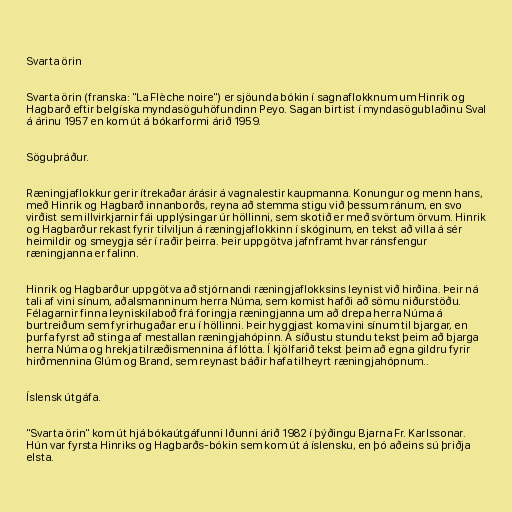
Svarta örin

Svarta örin (franska: "La Flèche noire") er sjöunda bókin í sagnaflokknum um Hinrik og
Hagbarð eftir belgíska myndasöguhöfundinn Peyo. Sagan birtist í myndasögublaðinu Sval
á árinu 1957 en kom út á bókarformi árið 1959.

Söguþráður.

Ræningjaflokkur gerir ítrekaðar árásir á vagnalestir kaupmanna. Konungur og menn hans,
með Hinrik og Hagbarð innanborðs, reyna að stemma stigu við þessum ránum, en svo
virðist sem illvirkjarnir fái upplýsingar úr höllinni, sem skotið er með svörtum örvum. Hinrik
og Hagbarður rekast fyrir tilviljun á ræningjaflokkinn í skóginum, en tekst að villa á sér
heimildir og smeygja sér í raðir þeirra. Þeir uppgötva jafnframt hvar ránsfengur
ræningjanna er falinn.

Hinrik og Hagbarður uppgötva að stjórnandi ræningjaflokksins leynist við hirðina. Þeir ná
tali af vini sínum, aðalsmanninum herra Núma, sem komist hafði að sömu niðurstöðu.
Félagarnir finna leyniskilaboð frá foringja ræningjanna um að drepa herra Núma á
burtreiðum sem fyrirhugaðar eru í höllinni. Þeir hyggjast koma vini sínum til bjargar, en
þurfa fyrst að stinga af mestallan ræningjahópinn. Á síðustu stundu tekst þeim að bjarga
herra Núma og hrekja tilræðismennina á flótta. Í kjölfarið tekst þeim að egna gildru fyrir
hirðmennina Glúm og Brand, sem reynast báðir hafa tilheyrt ræningjahópnum..

Íslensk útgáfa.

"Svarta örin" kom út hjá bókaútgáfunni Iðunni árið 1982 í þýðingu Bjarna Fr. Karlssonar.
Hún var fyrsta Hinriks og Hagbarðs-bókin sem kom út á íslensku, en þó aðeins sú þriðja
elsta.